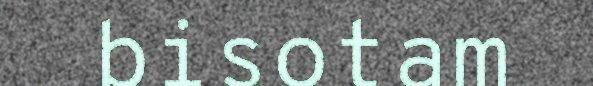
bisotam